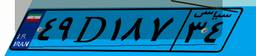
۲۵D۳۶۶۳۳